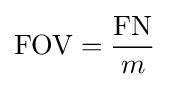
\mathrm {FOV} ={\frac {\mathrm {FN} }{m}}